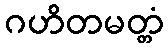
ဂဟိတမတ္တံ